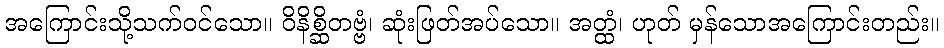
အကြောင်းသို့သက်ဝင်သော။ ဝိနိစ္ဆိတဗ္ဗံ၊ ဆုံးဖြတ်အပ်သော။ အတ္ထံ၊ ဟုတ် မှန်သောအကြောင်းတည်း။